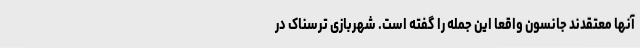
آنها معتقدند جانسون واقعا این جمله را گفته است. شهربازی ترسناک در